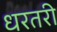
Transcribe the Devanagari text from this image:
धरतरी